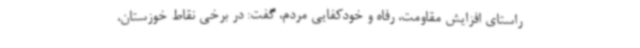
راستای افزایش مقاومت، رفاه و خودکفایی مردم، گفت: در برخی نقاط خوزستان،